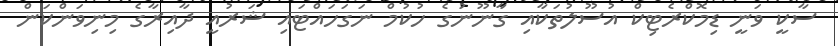
ސާކީ ވަނީ ޑިމޮކްރެޓިކް އުސޫލުތަކާއި ގާނޫނުގެ ހުކުމް ނަގަހައްޓައި ޝަރުއީ ދާއިރާގެ މިނިވަަންކަން